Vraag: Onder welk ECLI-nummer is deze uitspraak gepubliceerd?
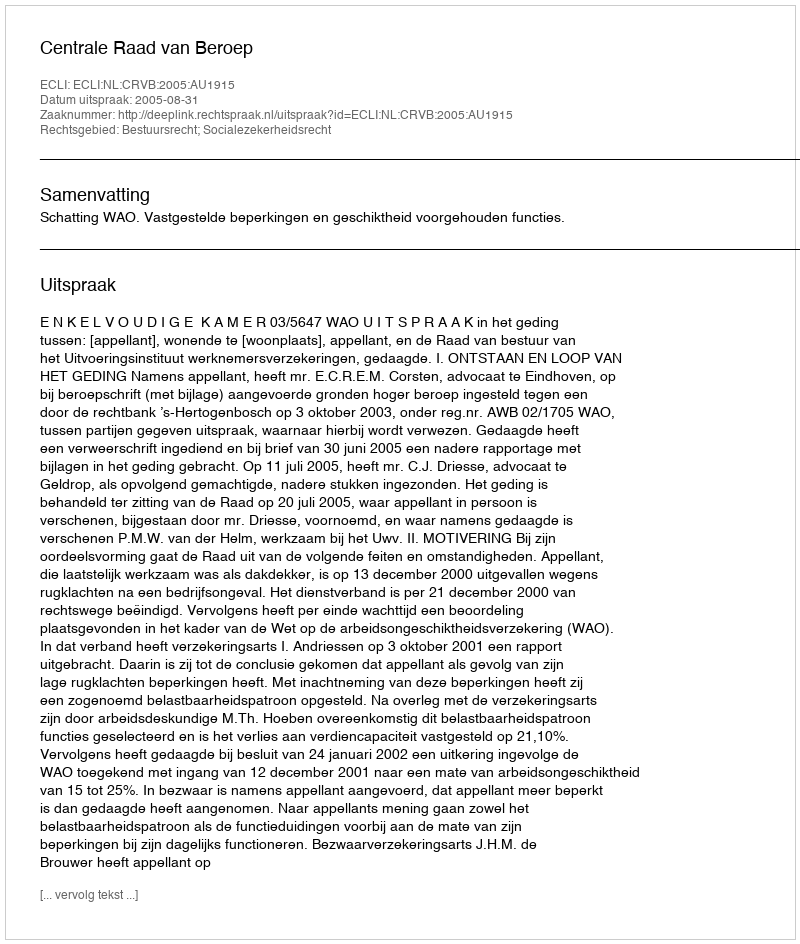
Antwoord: ECLI:NL:CRVB:2005:AU1915